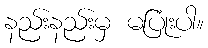
နည်းနည်းမှ မပြုံးပါ။